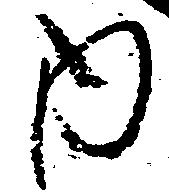
内